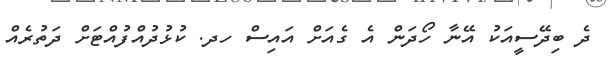
ދެ ބިދޭސީއަކު އޭނާ ހޯދަން އެ ގެއަށް އައިސް ހދ. ކުޅުދުއްފުއްޓަށް ދަތުރެއް